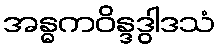
အန္ဓကဝိန္ဒဒွါဒသံ